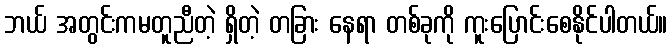
ဘယ် အတွင်းကမတူညီတဲ့ ရှိတဲ့ တခြား နေရာ တစ်ခုကို ကူးပြောင်းစေနိုင်ပါတယ်။